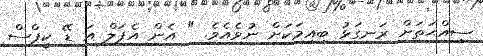
ސިއްޙަތަށް ރަނގަޅު ބިއިމަކަށް ނުވެއެވެ. " އެން އެޕަލް އަ ޑޭ ކީޕްސް